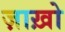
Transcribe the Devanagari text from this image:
ज़ाख़ो